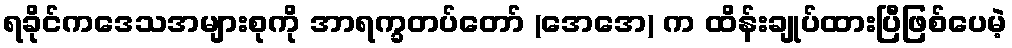
ရခိုင်ကဒေသအများစုကို အာရက္ခတပ်တော် (အေအေ) က ထိန်းချုပ်ထားပြီဖြစ်ပေမဲ့